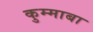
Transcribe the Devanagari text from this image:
कुम्माबा